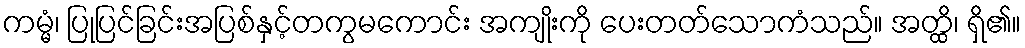
ကမ္မံ၊ ပြုပြင်ခြင်းအပြစ်နှင့်တကွမကောင်း အကျိုးကို ပေးတတ်သောကံသည်။ အတ္ထိ၊ ရှိ၏။